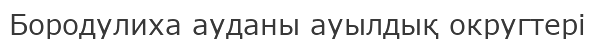
Бородулиха ауданы ауылдық округтері